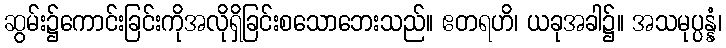
ဆွမ်း၌ကောင်းခြင်းကိုအလိုရှိခြင်းစသောဘေးသည်။ ဧတရဟိ၊ ယခုအခါ၌။ အသမုပ္ပန္နံ၊